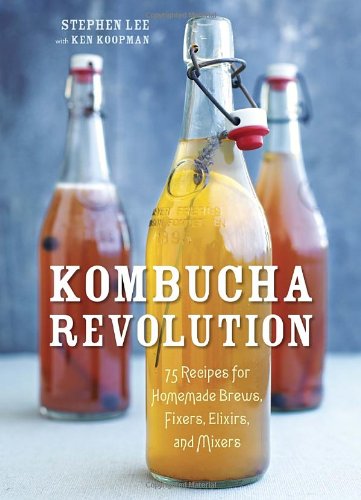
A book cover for Kombucha Revolution: 75 Recipes for Homemade Brews, Fixers, Elixirs, and Mixers; Stephen Lee; Cookbooks, Food & Wine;